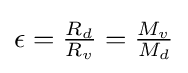
\epsilon ={\tfrac {R_{d}}{R_{v}}}={\tfrac {M_{v}}{M_{d}}}